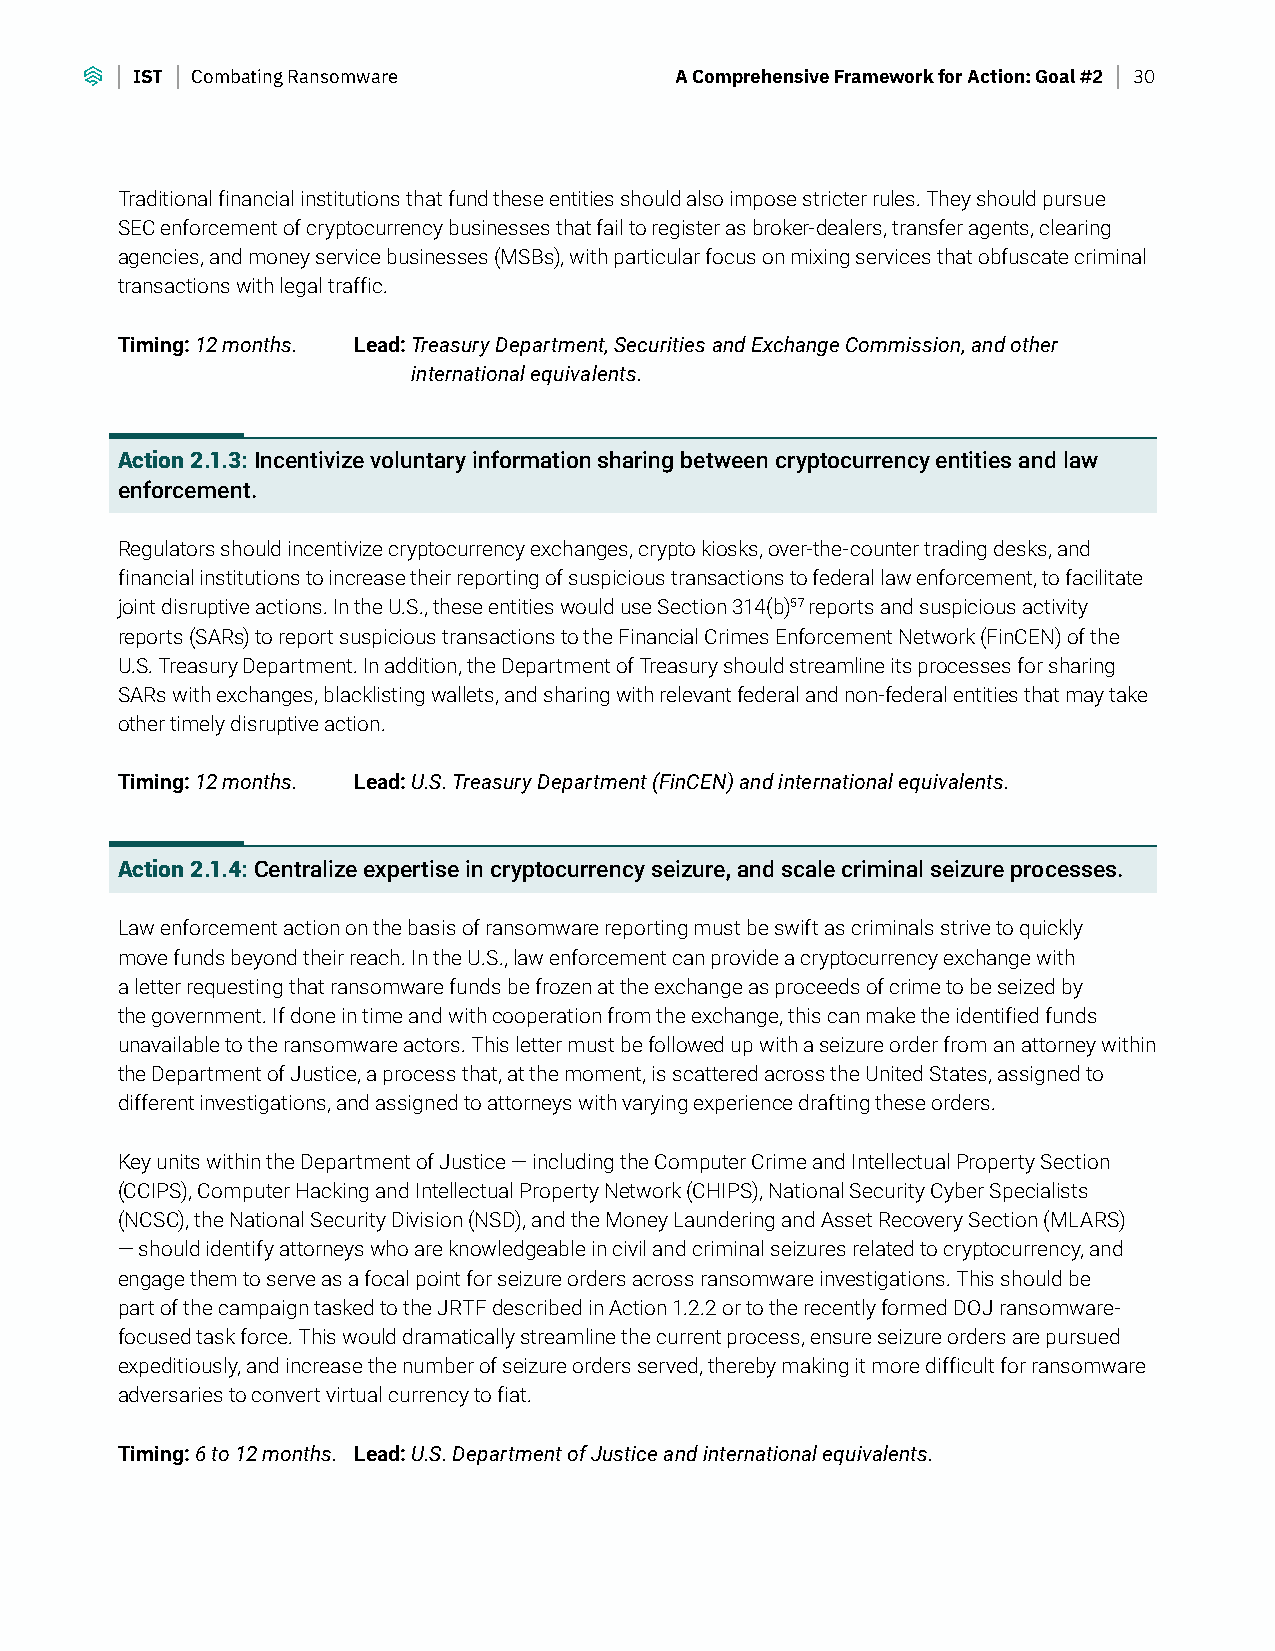
IST Combating Ransomware            A Comprehensive Framework for Action: Goal #2 30
 Traditional financial institutions that fund these entities should also impose stricter rules. They should pursue
 SEC enforcement of cryptocurrency businesses that fail to register as broker-dealers, transfer agents, clearing
 agencies, and money service businesses (MSBs), with particular focus on mixing services that obfuscate criminal
 transactions with legal traffic.
 Timing: 12 months. Lead: Treasury Department, Securities and Exchange Commission, and other
 international equivalents.
 Action 2.1.3: Incentivize voluntary information sharing between cryptocurrency entities and law
 enforcement.
 Regulators should incentivize cryptocurrency exchanges, crypto kiosks, over-the-counter trading desks, and
 financial institutions to increase their reporting of suspicious transactions to federal law enforcement, to facilitate
 joint disruptive actions. In the U.S., these entities would use Section 314(b)57 reports and suspicious activity
 reports (SARs) to report suspicious transactions to the Financial Crimes Enforcement Network (FinCEN) of the
 U.S. Treasury Department. In addition, the Department of Treasury should streamline its processes for sharing
 SARs with exchanges, blacklisting wallets, and sharing with relevant federal and non-federal entities that may take
 other timely disruptive action.
 Timing: 12 months. Lead: U.S. Treasury Department (FinCEN) and international equivalents.
 Action 2.1.4: Centralize expertise in cryptocurrency seizure, and scale criminal seizure processes.
 Law enforcement action on the basis of ransomware reporting must be swift as criminals strive to quickly
 move funds beyond their reach. In the U.S., law enforcement can provide a cryptocurrency exchange with
 a letter requesting that ransomware funds be frozen at the exchange as proceeds of crime to be seized by
 the government. If done in time and with cooperation from the exchange, this can make the identified funds
 unavailable to the ransomware actors. This letter must be followed up with a seizure order from an attorney within
 the Department of Justice, a process that, at the moment, is scattered across the United States, assigned to
 different investigations, and assigned to attorneys with varying experience drafting these orders.
 Key units within the Department of Justice — including the Computer Crime and Intellectual Property Section
 (CCIPS), Computer Hacking and Intellectual Property Network (CHIPS), National Security Cyber Specialists
 (NCSC), the National Security Division (NSD), and the Money Laundering and Asset Recovery Section (MLARS)
 — should identify attorneys who are knowledgeable in civil and criminal seizures related to cryptocurrency, and
 engage them to serve as a focal point for seizure orders across ransomware investigations. This should be
 part of the campaign tasked to the JRTF described in Action 1.2.2 or to the recently formed DOJ ransomware-
 focused task force. This would dramatically streamline the current process, ensure seizure orders are pursued
 expeditiously, and increase the number of seizure orders served, thereby making it more difficult for ransomware
 adversaries to convert virtual currency to fiat.
 Timing: 6 to 12 months. Lead: U.S. Department of Justice and international equivalents.